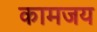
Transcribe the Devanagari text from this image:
कामजय